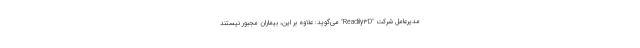
مدیرعامل شرکت "Readily۳D" می‌گوید: علاوه بر این، بیماران مجبور نیستند